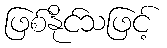
ဖြစ်နိုင်သဖြင့်